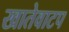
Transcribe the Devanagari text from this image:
खातेवाटप